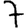
Digit: 7